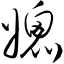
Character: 媲